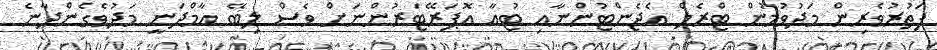
ފަތުރުވެރިން މަދުވުމުން ޓްރެލް އެޖެންޓުންނާއި ޓުުއާ އޮޕަރޭޓަރުންނަށް ވެސް ލިބޭ އާމްދަނީ މަދުވެގެންދާނެ